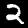
Label: 2